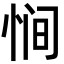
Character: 𫺒